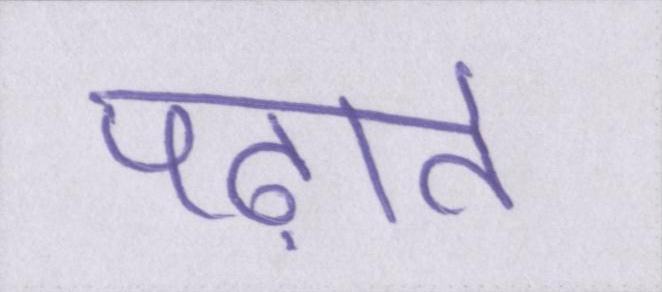
पढ़ाते